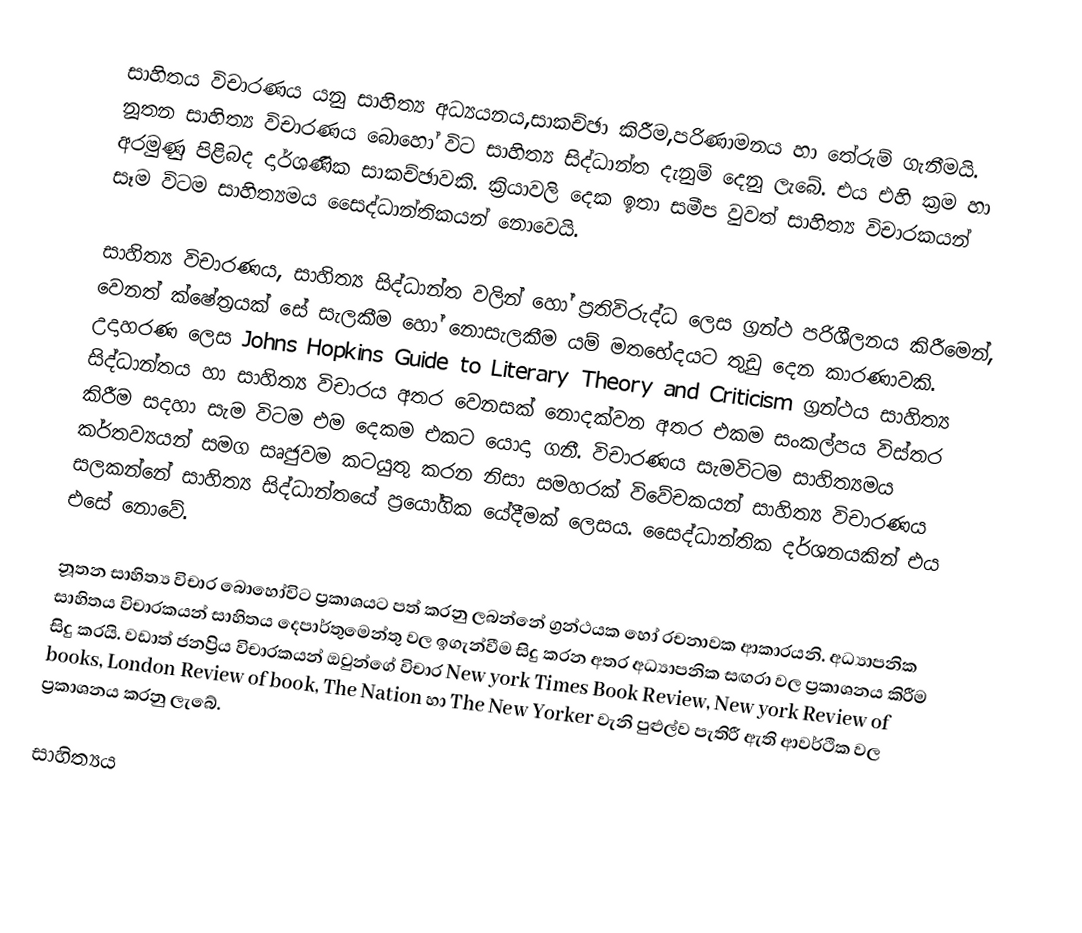
සාහිතය විචාරණය යනු සාහිත්‍ය අධ්‍යයනය,සාකච්ඡා කිරීම,පරිණාමනය හා තේරුම් ගැනීමයි. නූතන සාහිත්‍ය විචාරණය බොහෝ විට සාහිත්‍ය සිද්ධාන්ත දැනුම් දෙනු ලැබේ. එය එහි ක්‍රම හා අරමුණු පිළිබද දාර්ශණික සාකච්ඡාවකි. ක්‍රියාවලි දෙක ඉතා සමීප වුවත් සාහිත්‍ය විචාරකයන් සෑම විටම සාහිත්‍යමය සෛද්ධාන්තිකයන් නොවෙයි.

සාහිත්‍ය විචාරණය, සාහිත්‍ය සිද්ධාන්ත වලින් හෝ ප්‍රතිවිරුද්ධ ලෙස ග්‍රන්ථ පරිශීලනය කිරීමෙන්, වෙනත් ක්ෂේත්‍රයක් සේ සැලකීම හෝ නොසැලකීම යම් මතභේදයට තුඩු දෙන කාරණාවකි. උදාහරණ ලෙස Johns Hopkins Guide to Literary Theory and Criticism ග්‍රන්ථය සාහිත්‍ය සිද්ධාන්තය හා සාහිත්‍ය විචාරය අතර වෙනසක් නොදක්වන අතර එකම සංකල්පය විස්තර කිරීම සදහා සැම විටම එම දෙකම එකට යොදා ගනී. විචාරණය සැමවිටම සාහිත්‍යමය කර්තව්‍යයන් සමග සෘජුවම කටයුතු කරන නිසා සමහරක් විවේචකයන් සාහිත්‍ය විචාරණය සලකන්නේ සාහිත්‍ය සිද්ධාන්තයේ ප්‍රයෝගික යේදීමක් ලෙසය. සෛද්ධාන්තික දර්ශනයකින් එය එසේ නොවේ.

නූතන සාහිත්‍ය විචාර බොහෝවිට ප්‍රකාශයට පත් කරනු ලබන්නේ ග්‍රන්ථයක හෝ රචනාවක ආකාරයනි. අධ්‍යාපනික සාහිතය විචාරකයන් සාහිතය දෙපාර්තුමෙන්තු වල ඉගැන්වීම සිදු කරන අතර අධ්‍යාපනික සඟරා වල ප්‍රකාශනය කිරීම සිදු කරයි. වඩාත් ජනප්‍රිය විචාරකයන් ඔවුන්ගේ විචාර New york Times Book Review, New york Review of books, London Review of book, The Nation හා The New Yorker වැනි පුළුල්ව පැතිරී ඇති ආවර්ථික වල ප්‍රකාශනය කරනු ලැ‍බේ.

සාහිත්‍යය